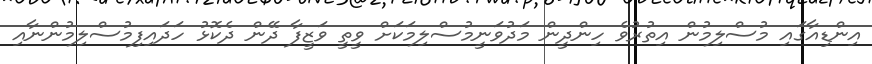
އިންޑިއާގައި މުސްލިމުން އިތުރުވެ ހިންދީން މަދުވަނީމުސްލިމަކަށް ވީތީ ވަޒީފާ ދޭން ދެކޮޅު ހަދައިފިމުސްލިމުންނާއި